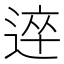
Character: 𨔊